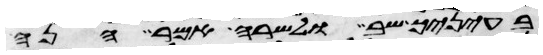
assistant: בעיניך שב ולשרה אמר הנה